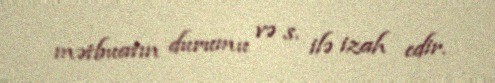
mətbuatın durumu və s. ilə izah edir.